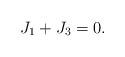
LaTeX: \begin{align*}J_1 + J_3 = 0.\end{align*}